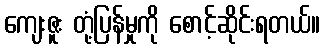
ကျေးဇူး တုံ့ပြန်မှုကို စောင့်ဆိုင်းရတယ်။